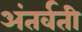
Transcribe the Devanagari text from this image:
अंतर्वती